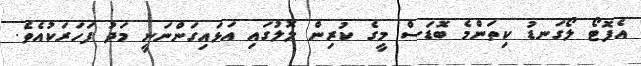
އެފޮޓޯ ލޯގަނޑު ކިތަންމެ ބޮޑަސް މީގެ ކުރިން ލޮލުގައި އަޅައިގަންނަނީ މަދު ފަހަރަކުއެވެ.